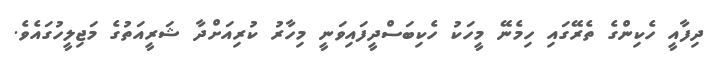
ދިފާއީ ހެކިންގެ ތެރޭގައި ހިމެނޭ މީހަކު ހެކިބަސްދީފައިވަނީ މިހާރު ކުރިއަށްދާ ޝަރީއަތުގެ މަޖިލީހުގައެވެ.